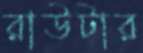
রাউটার